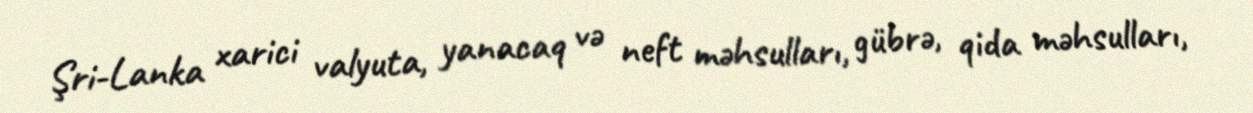
Şri-Lanka xarici valyuta, yanacaq və neft məhsulları, gübrə, qida məhsulları,